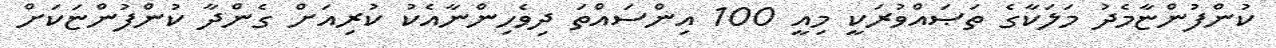
ކުންފުންޏާމެދު މަލަކާގެ ތަޞައްވުރަކީ މިއީ 100 އިންސައްތަ ދިވެހިންނާއެކު ކުރިއަށް ގެންދާ ކުންފުންޏަކަށް